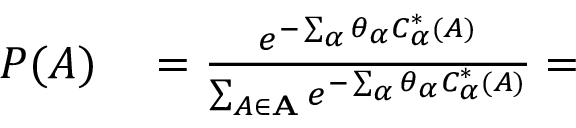
\begin{array} { r l } { P ( A ) } & { { } = \frac { e ^ { - \sum _ { \alpha } \theta _ { \alpha } C _ { \alpha } ^ { * } ( A ) } } { \sum _ { A \in \mathbf { A } } e ^ { - \sum _ { \alpha } \theta _ { \alpha } C _ { \alpha } ^ { * } ( A ) } } = } \end{array}